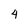
Character: 4